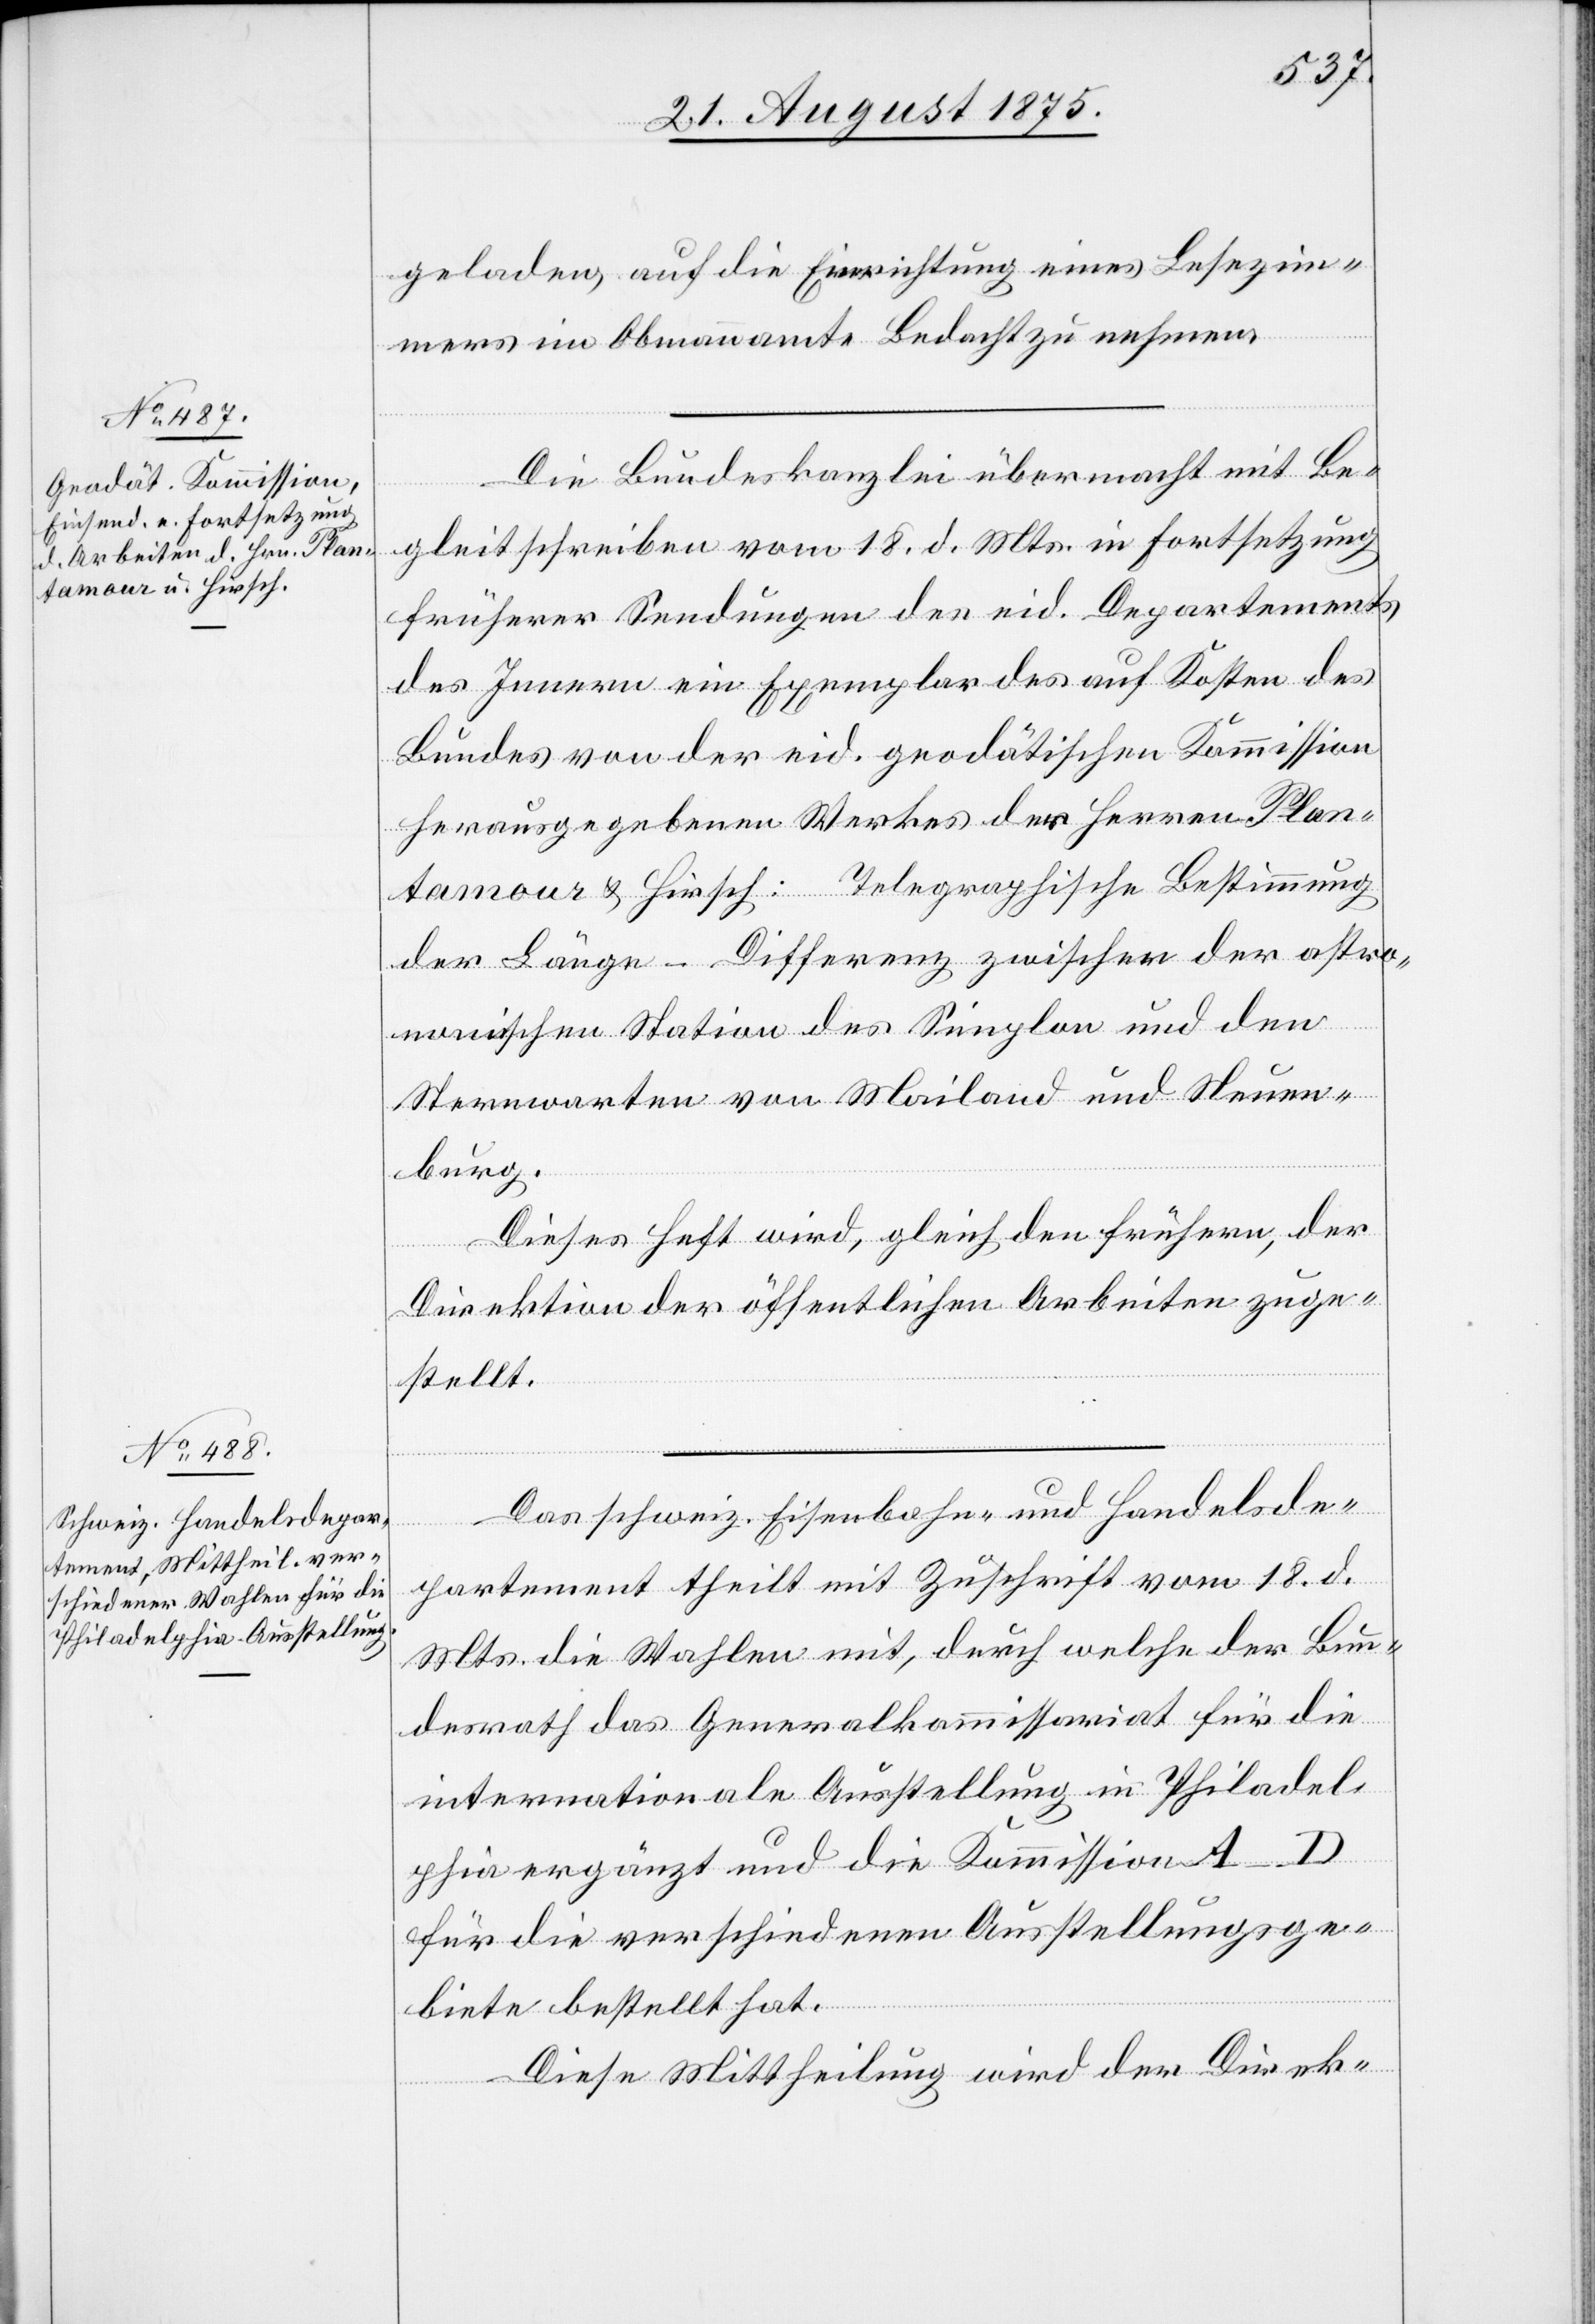
geladen auf die Errichtung eines Lesezim¬
mers im Obmannamte Bedacht zu nehmen.
Die Bundeskanzlei übermacht mit Be¬
gleitschreiben vom 18. d. Mts. in Fortsetzung
früherer Sendungen des eid. Departements
des Innern ein Exemplar des auf Kosten des
Bundes von der eid. geodätischen Kommission
herausgegebenen Werkes der Herren Plan¬
tamour & Hirsch: Telegraphische Bestimmung
der Länge-Differenz zwischen der astro¬
nomischen Station des Simplon und den
Sternwarten von Mailand und Neuen¬
burg.
Dieses Heft wird, gleich den frühern, der
Direktion der öffentlichen Arbeiten zuge¬
stellt.
Das schweiz. Eisenbahn- und Handelsde¬
partement theilt mit Zuschrift vom 18. d.
Mts. die Wahlen mit, durch welche der Bun¬
desrath das Generalkommissariat für die
internationale Ausstellung in Philadel¬
phia ergänzt und die Kommission A–D
für die verschiedenen Ausstellungsge¬
biete bestellt hat.
Diese Mittheilung wird der Direk-